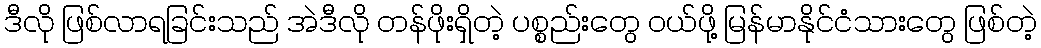
ဒီလို ဖြစ်လာရခြင်းသည် အဲဒီလို တန်ဖိုးရှိတဲ့ ပစ္စည်းတွေ ဝယ်ဖို့ မြန်မာနိုင်ငံသားတွေ ဖြစ်တဲ့